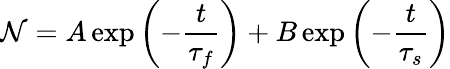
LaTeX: \mathcal{N}=A\exp\left(-{\frac{{t}}{{{\tau}_{f}}}}\right)+B\exp\left(-{\frac{{t}}{{{\tau}_{s}}}}\right)